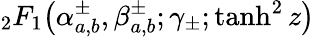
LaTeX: {}_{2}F_{1}\! \left(\alpha_{a,b}^{\pm},\beta_{a,b}^{\pm};\gamma_{\pm};\operatorname{tanh}^{2}z\right)